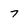
Character: 7